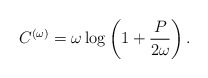
\begin{align*} C^{(\omega)}=\omega \log \left(1+\frac{P}{2 \omega}\right).\end{align*}